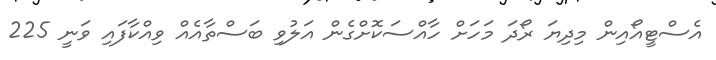
އެސްޓީއޯއިން މިދިޔަ ރޯދަ މަހަށް ހާއްސަކޮށްގެން އަލުވި ބަސްތާއެއް ވިއްކާފައި ވަނީ 225